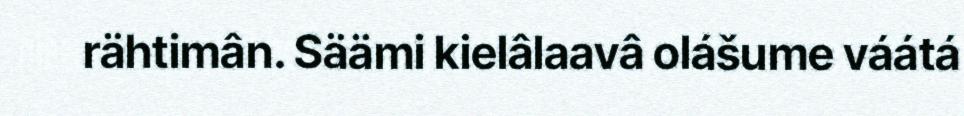
rähtimân. Säämi kielâlaavâ olášume váátá